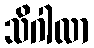
သိဂါလာ